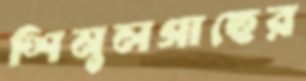
শিমুলগাছের